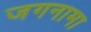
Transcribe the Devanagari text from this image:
जगनामा